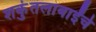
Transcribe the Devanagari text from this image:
शकुंतलाबाईंचे